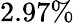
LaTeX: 2.97\%